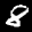
Label: 8